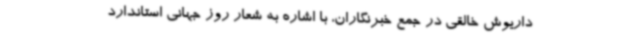
داریوش خالقی در جمع خبرنگاران، با اشاره به شعار روز جهانی استاندارد